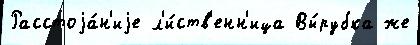
Расстоjа́н'иjе л'и́ств'енн'ица Вы́рубка же